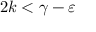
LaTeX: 2 k < \gamma - \varepsilon